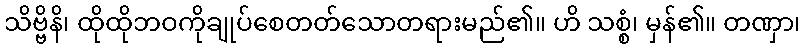
သိဗ္ဗိနိ၊ ထိုထိုဘဝကိုချုပ်စေတတ်သောတရားမည်၏။ ဟိ သစ္စံ၊ မှန်၏။ တဏှာ၊